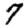
Digit: 7